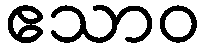
ဧသာဝ